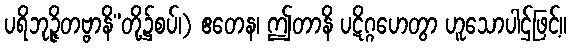
ပရိဘုဉ္ဇိတဗ္ဗာနိ”တို့၌စပ်၊) ဧတေန၊ ဤတာနိ ပဋိဂ္ဂဟေတွာ ဟူသောပါဌ်ဖြင့်။